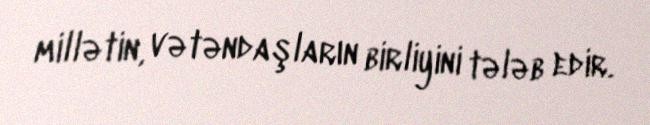
millətin, vətəndaşların birliyini tələb edir.